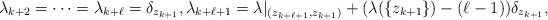
LaTeX: \begin{align*} \lambda_{k+2} = \dots = \lambda_{k+\ell} = \delta_{z_{k+1}}, \lambda_{k+\ell + 1} = \lambda|_{(z_{k+\ell + 1}, z_{k+1})} + ( \lambda( \{ z_{k+1} \}) - (\ell - 1) ) \delta_{z_{k+1}},\end{align*}